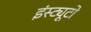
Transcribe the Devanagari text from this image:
इंस्ट्यूटो